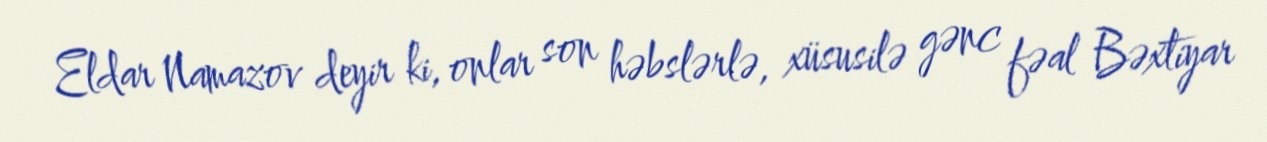
Eldar Namazov deyir ki, onlar son həbslərlə, xüsusilə gənc fəal Bəxtiyar